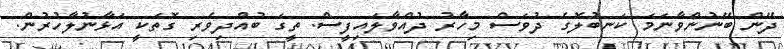
ދޭން ބޭނުންވާނަމަ ކަނބުލޮގެ ދުވަސް މިހާރު ދުއްވާލައިފީސް. ތީގަ ބުއްދިވެރި ގޮތަކީ އަޅާނުލާހުރުން.